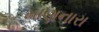
માણનારા